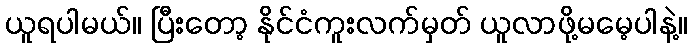
ယူရပါမယ်။ ပြီးတော့ နိုင်ငံကူးလက်မှတ် ယူလာဖို့မမေ့ပါနဲ့။